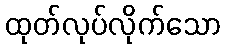
ထုတ်လုပ်လိုက်သော